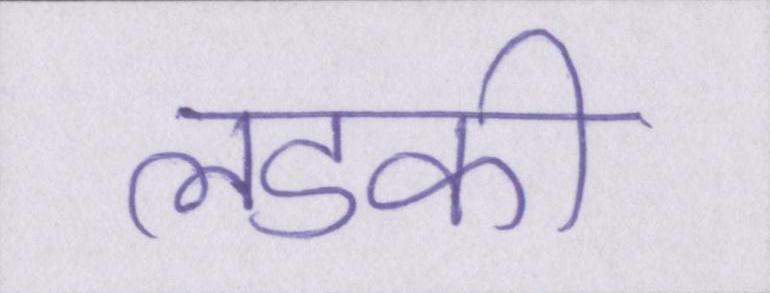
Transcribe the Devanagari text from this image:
लडकी